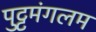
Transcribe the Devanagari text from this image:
पुट्टमंगलम